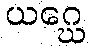
ယဂ္ဃေ